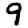
Digit: 9